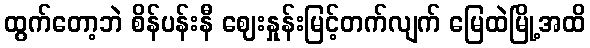
ထွက်တော့ဘဲ စိန်ပန်းနီ ဈေးနှုန်းမြင့်တက်လျက် မြေထဲမြို့အထိ